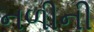
નળીની